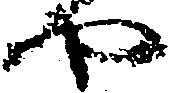
や